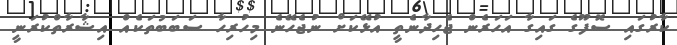
ކާރުގައި ސޮފޫގެ ގައިގާ އަހަރެން ޖެހިދާނެތީ އުޅޭކަށް ނުޖެހޭނެ މިހުރިހާ ސަބަބުތަކެއް އިޝާރާތްކުރަނީ